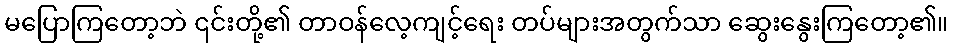
မပြောကြတော့ဘဲ ၎င်းတို့၏ တာဝန်လေ့ကျင့်ရေး တပ်များအတွက်သာ ဆွေးနွေးကြတော့၏။